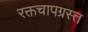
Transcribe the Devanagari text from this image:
रक्तचापग्रस्त